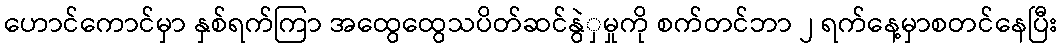
ဟောင်ကောင်မှာ နှစ်ရက်ကြာ အထွေထွေသပိတ်ဆင်နွဲှမှုကို စက်တင်ဘာ ၂ ရက်နေ့မှာစတင်နေပြီး